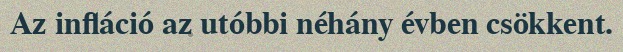
Az infláció az utóbbi néhány évben csökkent.